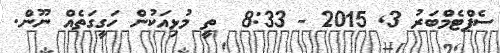
ސެޕްޓެމްބަރު 3